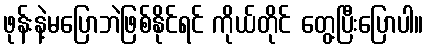
ဖုန်းနဲ့မပြောဘဲဖြစ်နိုင်ရင် ကိုယ်တိုင် တွေ့ပြီးပြောပါ။